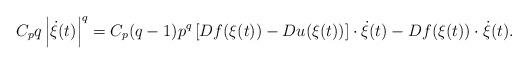
LaTeX: \begin{align*} C_pq\left| \dot{\xi}(t)\right|^q=C_p(q-1)p^q\left[Df(\xi(t))-Du(\xi(t))\right]\cdot \dot{\xi}(t)-Df(\xi(t)) \cdot \dot{\xi}(t).\end{align*}